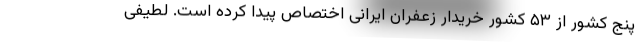
پنج کشور از ۵۳ کشور خریدار زعفران ایرانی اختصاص پیدا کرده است. لطیفی